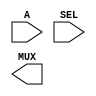
// $Header: /remote/src/dware/jerb/dev/dw/dw01/src_ver/RCS/DW01_mux_any.v,v 1.3 1996/01/29 12:39:25 angelina Exp $

//-----------------------------------------------------------------------------------
//
// ABSTRACT:  Universal Multiplexer
//
//-------------------------------------------------------------------------------
//
//      WSFDB revision control info
//		@(#)DW01_mux_any.v	1.4
// MODIFIED: 
//
//           RPH        07/17/2002 
//                      Rewrote to comply with the new guidelines   
//-------------------------------------------------------------------------------
module DW01_mux_any(A,SEL,MUX);
   
   parameter	A_width = 8;
   parameter 	SEL_width = 2;
   parameter 	MUX_width = 2;
   parameter 	bal_str   = 0;
   
   input [A_width-1:0] A;
   input [SEL_width-1:0] SEL;

   output [MUX_width-1:0] MUX;

   // synopsys translate_off
     
   //-------------------------------------------------------------------------
   // Parameter legality check
   //-------------------------------------------------------------------------
    
  initial begin : parameter_check
    integer param_err_flg;

    param_err_flg = 0;
    
    
    if (A_width < 1) begin
      param_err_flg = 1;
      $display(
	"ERROR: %m :\n  Invalid value (%d) for parameter A_width (lower bound: 1)",
	A_width );
    end
    
    if (SEL_width < 1) begin
      param_err_flg = 1;
      $display(
	"ERROR: %m :\n  Invalid value (%d) for parameter SEL_width (lower bound: 1)",
	SEL_width );
    end
    
    if (MUX_width < 1) begin
      param_err_flg = 1;
      $display(
	"ERROR: %m :\n  Invalid value (%d) for parameter MUX_width (lower bound: 1)",
	MUX_width );
    end
    
    if ( (bal_str < 0) || (bal_str > 1) ) begin
      param_err_flg = 1;
      $display(
	"ERROR: %m :\n  Invalid value (%d) for parameter bal_str (legal range: 0 to 1)",
	bal_str );
    end
    
    if ( param_err_flg == 1) begin
      $display(
        "%m :\n  Simulation aborted due to invalid parameter value(s)");
      $finish;
    end

  end // parameter_check
       
       function [MUX_width-1:0] DWF_mux;
	  input [A_width-1:0] a;
	  input [SEL_width-1:0] sel;

	  integer 		i,j;
	  reg [MUX_width-1:0] 	mux;
	  begin
	     for(i = 0;i < MUX_width;i = i+1) begin
		j = sel*MUX_width + i;
		if(j > A_width-1)
		   mux[i] = 1'b0;
		else
		   mux[i] = a[j];
	     end
	     DWF_mux = mux;
	  end
       endfunction

   assign  MUX[MUX_width-1:0] =  ((^(SEL ^ SEL) !== 1'b0)) ? {MUX_width{1'bx}} :
                              DWF_mux(A,SEL);
 
 // synopsys translate_on

endmodule